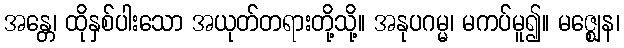
အန္တေ၊ ထိုနှစ်ပါးသော အယုတ်တရားတို့သို့။ အနုပဂမ္မ၊ မကပ်မူ၍။ မဇ္ဈေန၊